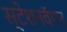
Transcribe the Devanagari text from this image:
स्टेशनवॅगन